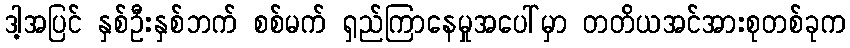
ဒါ့အပြင် နှစ်ဦးနှစ်ဘက် စစ်မက် ရှည်ကြာနေမှုအပေါ်မှာ တတိယအင်အားစုတစ်ခုက